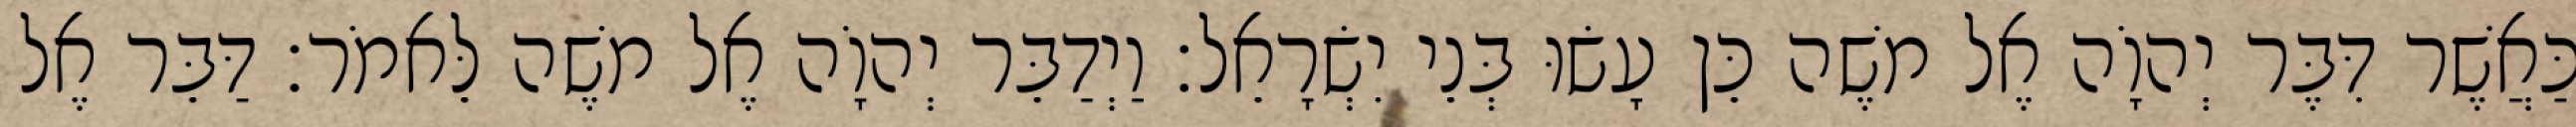
כַּאֲשֶׁר דִּבֶּר יְהוָֹה אֶל משֶׁה כֵּן עָשׂוּ בְּנֵי יִשְׂרָאֵל׃ וַיְדַבֵּר יְהוָֹה אֶל משֶׁה לֵּאמֹר׃ דַּבֵּר אֶל